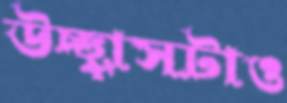
উচ্ছ্বাসটাও